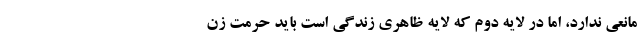
مانعی ندارد، اما در لایه دوم که لایه ظاهری زندگی است باید حرمت زن